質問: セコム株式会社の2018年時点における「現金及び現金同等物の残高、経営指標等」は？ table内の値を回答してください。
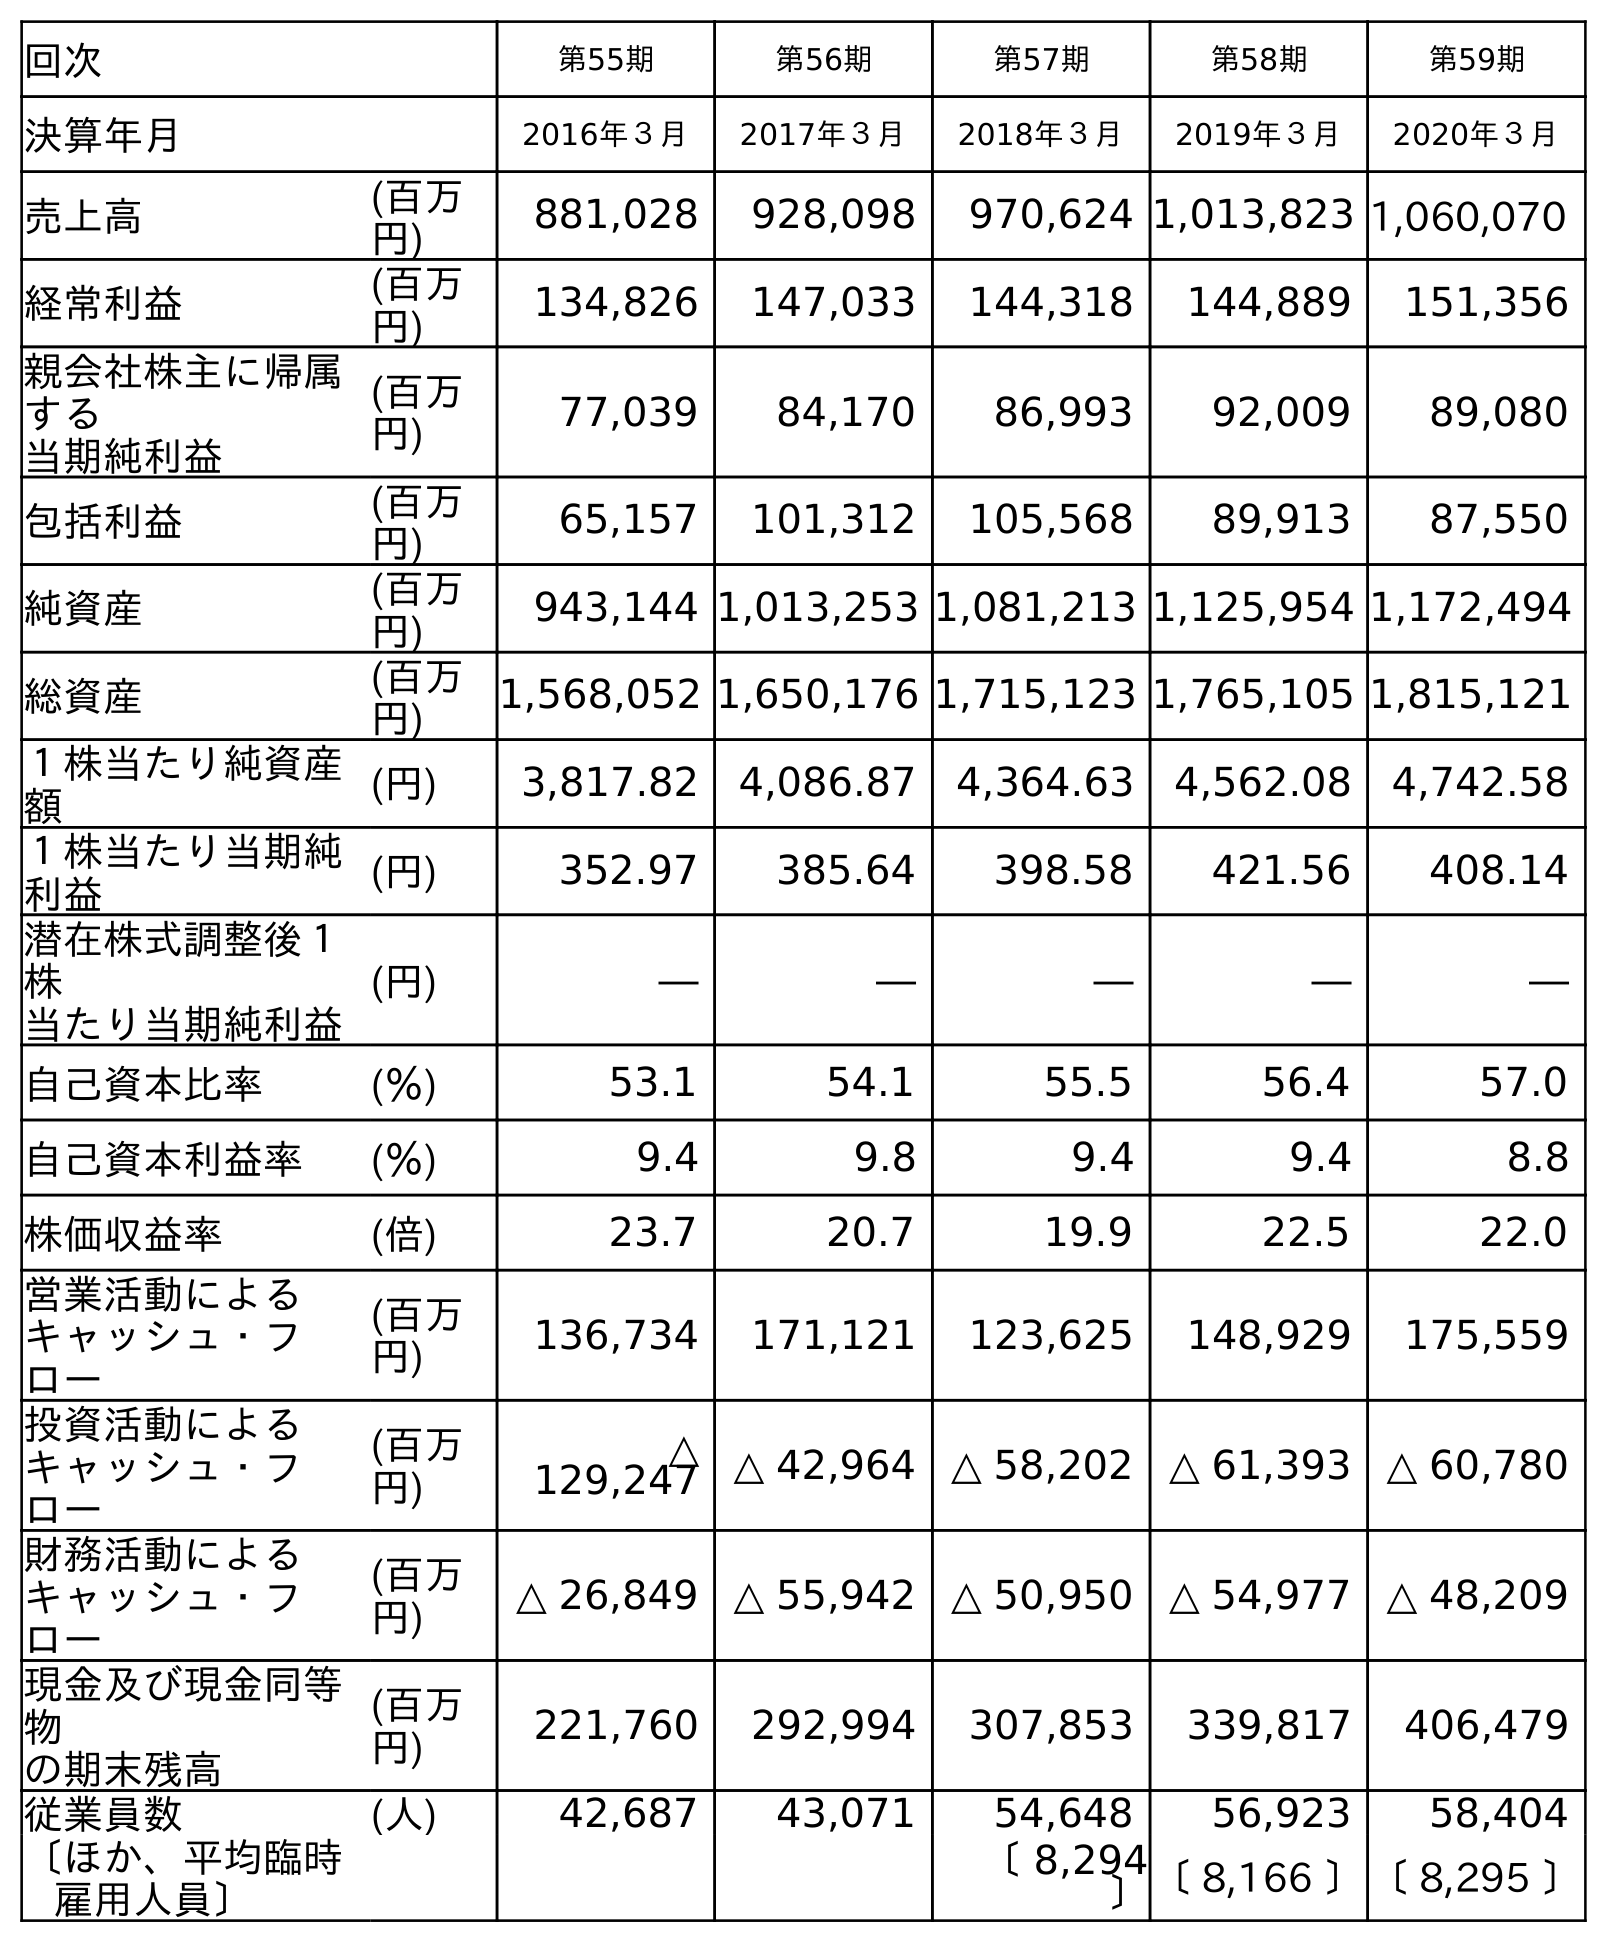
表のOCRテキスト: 回次 第55期 第56期 第57期 第58期 第59期 決算年月 2016年３月 2017年３月 2018年３月 2019年３月 2020年３月 売上高 (百万 円) 881,028 928,098 970,624 1,013,823 1,060,070 経常利益 (百万 円) 134,826 147,033 144,318 144,889 151,356 親会社株主に帰属 する 当期純利益 (百万 円) 77,039 84,170 86,993 92,009 89,080 包括利益 (百万 円) 65,157 101,312 105,568 89,913 87,550 純資産 (百万 円) 943,144 1,013,253 1,081,213 1,125,954 1,172,494 総資産 (百万 円) 1,568,052 1,650,176 1,715,123 1,765,105 1,815,121 １株当たり純資産 額 (円) 3,817.82 4,086.87 4,364.63 4,562.08 4,742.58 １株当たり当期純 利益 (円) 352.97 385.64 398.58 421.56 408.14 潜在株式調整後１ 株 当たり当期純利益 (円) ― ― ― ― ― 自己資本比率 (％) 53.1 54.1 55.5 56.4 57.0 自己資本利益率 (％) 9.4 9.8 9.4 9.4 8.8 株価収益率 (倍) 23.7 20.7 19.9 22.5 22.0 営業活動による キャッシュ・フ ロー (百万 円) 136,734 171,121 123,625 148,929 175,559 投資活動による キャッシュ・フ ロー (百万 円) △ 129,247 △ 42,964 △ 58,202 △ 61,393 △ 60,780 財務活動による キャッシュ・フ ロー (百万 円) △ 26,849 △ 55,942 △ 50,950 △ 54,977 △ 48,209 現金及び現金同等 物 の期末残高 (百万 円) 221,760 292,994 307,853 339,817 406,479 従業員数 (人) 42,687 43,071 54,648 56,923 58,404 〔ほか、平均臨時 雇用人員〕 〔 8,294 〕〔 8,166 〕〔 8,295 〕
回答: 307,853